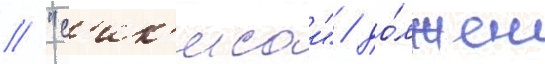
/ "с'ик'исаи" / до́лжен